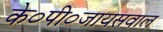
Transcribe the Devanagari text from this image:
के०पी०जायसवाल